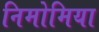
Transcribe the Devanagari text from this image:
निमोमिया